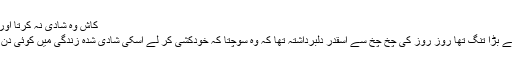
کاش وہ شادی نہ کرتا اور ساری عمر کنوارا ہی رہتا
رمان علی گھریلو زندگی سے بڑا تنگ تھا روز روز کی چخ چخ سے اسقدر دلبرداشتہ تھا کہ وہ سوچتا کہ خودکشی کر لے اسکی شادی شدہ زندگی میں کوئی دن بھی سکھ کا نہیں گزرا تھا۔